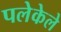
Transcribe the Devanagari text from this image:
पलेकेले